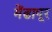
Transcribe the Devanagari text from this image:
मेंढापूर